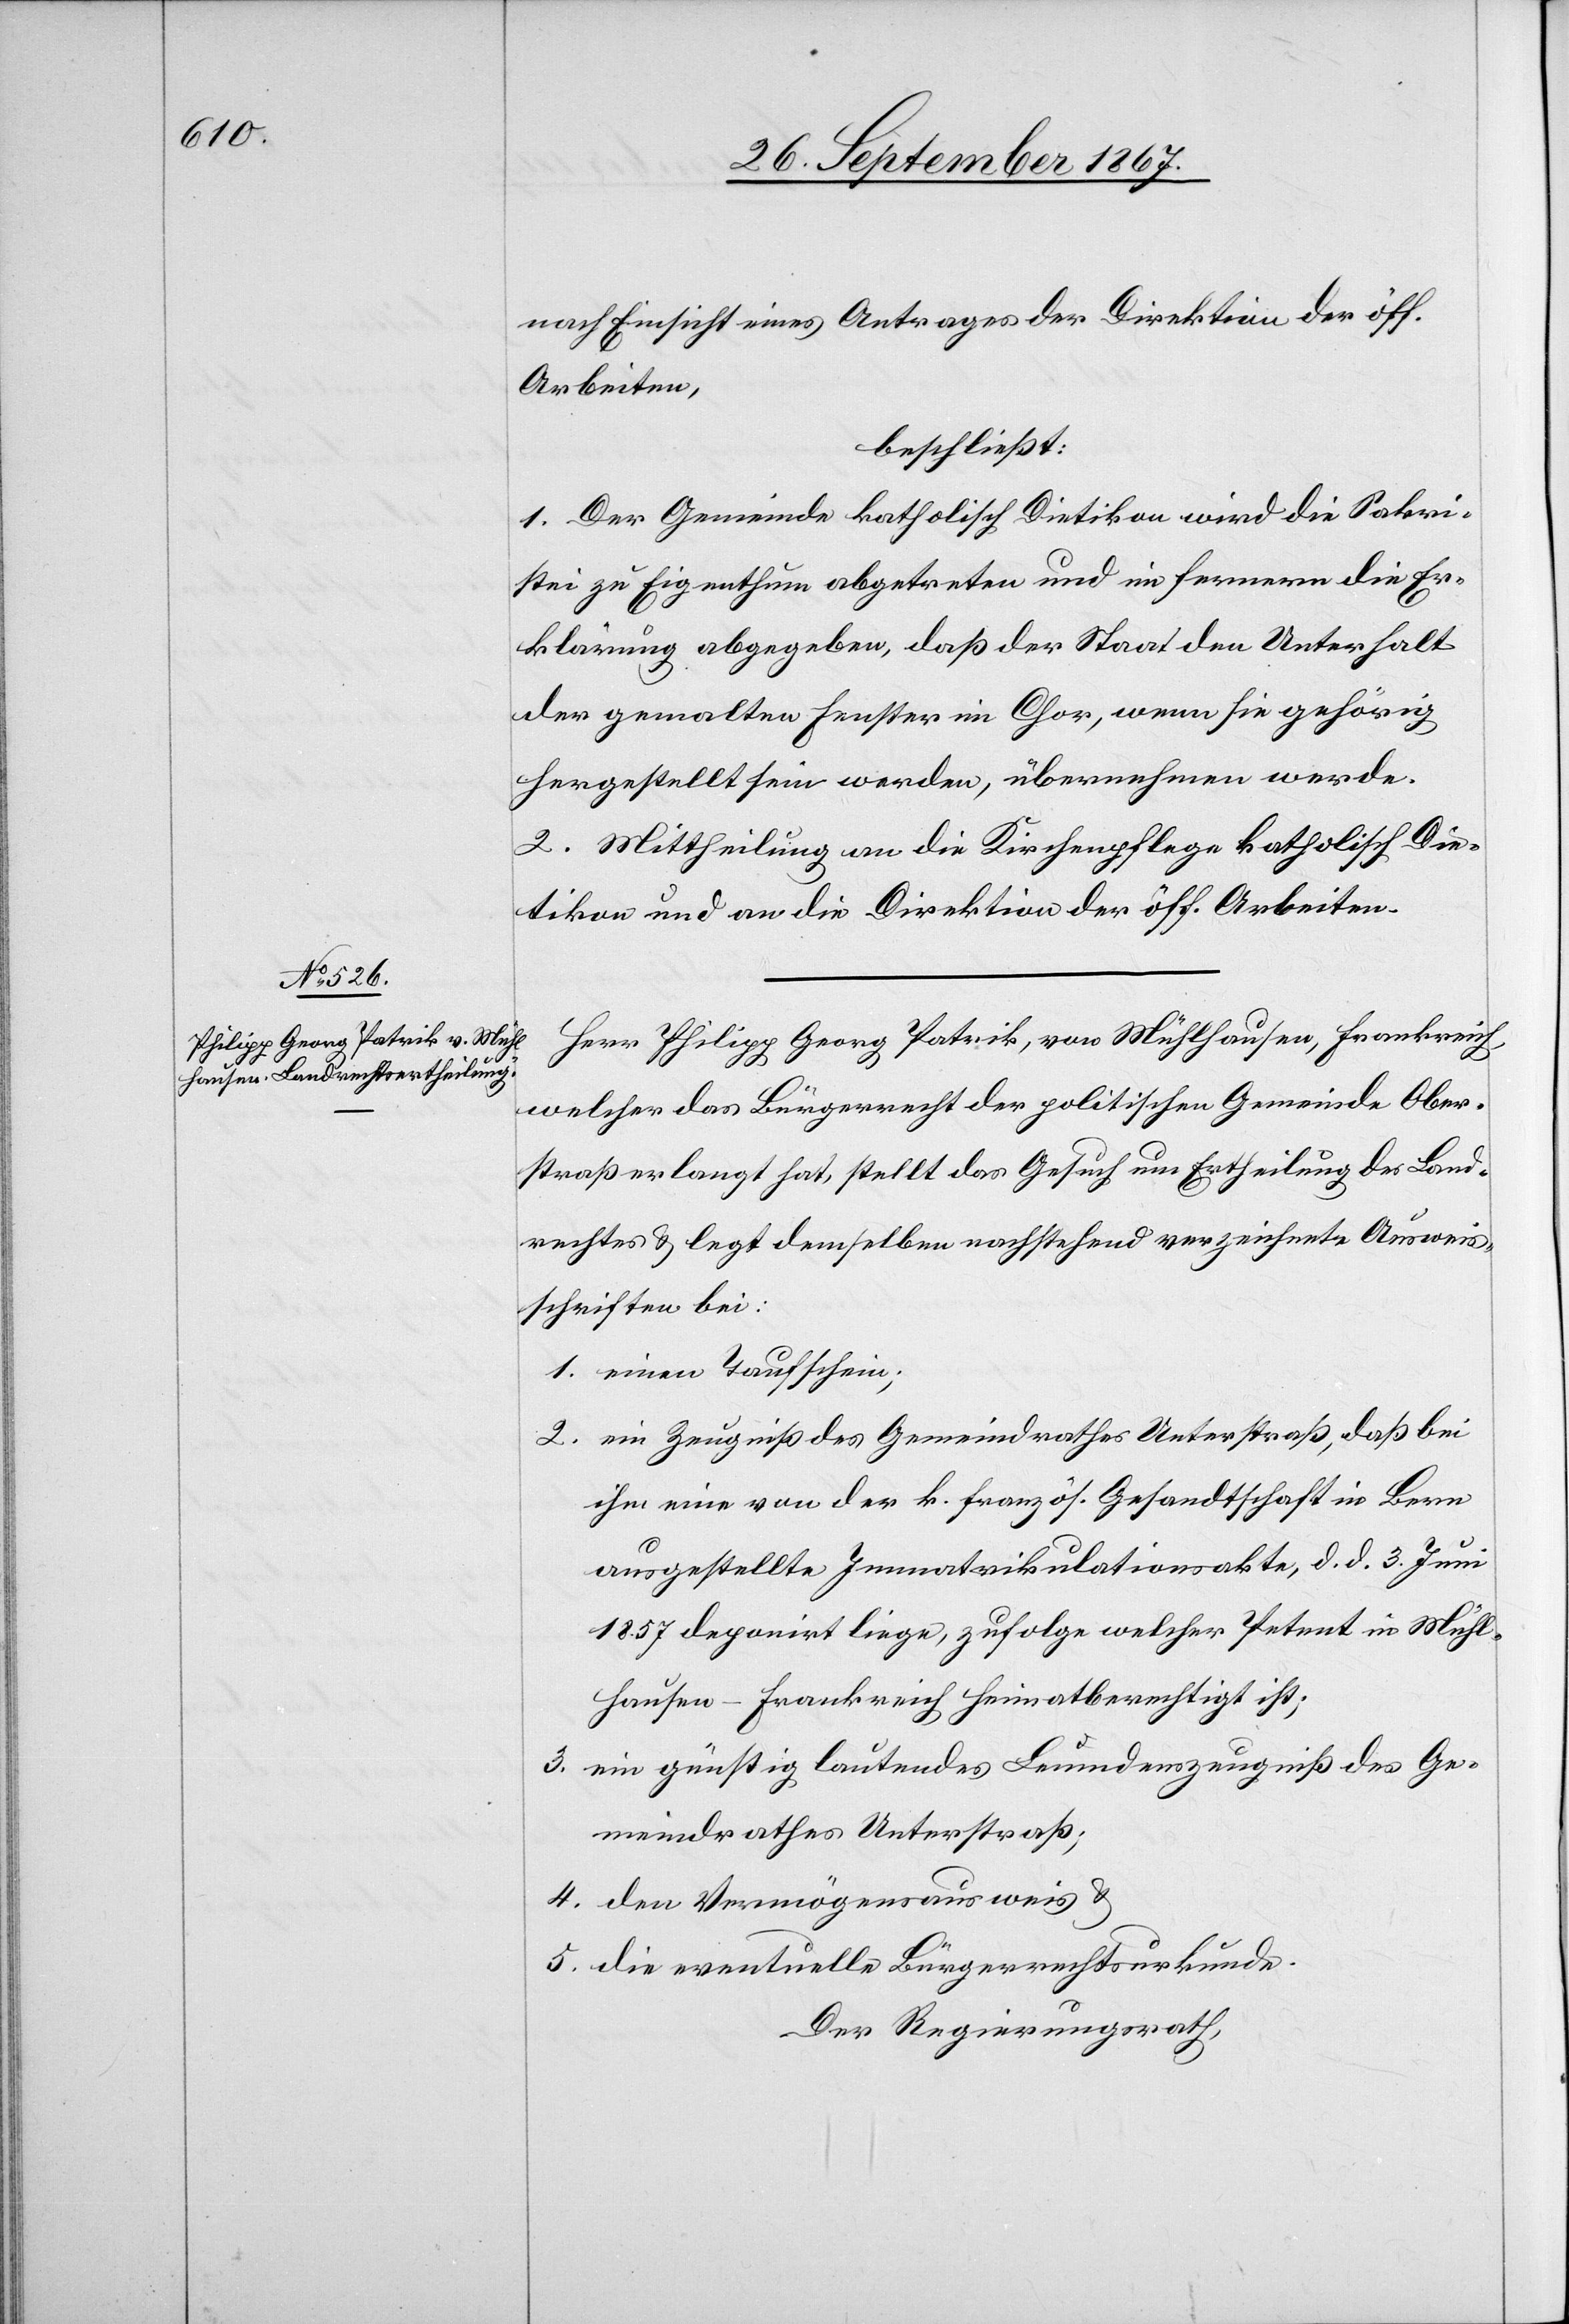
nach Einsicht eines Antrages der Direktion der öff.
Arbeiten,
beschließt:
1. Der Gemeinde katholisch Dietikon wird die Sakri¬
stei zu Eigenthum abgetreten und im Fernern die Er¬
klärung abgegeben, daß der Staat den Unterhalt
der gemalten Fenster im Chor, wenn sie gehörig
hergestellt werden, übernehmen werde.
2. Mittheilung an die Kirchenpflege katholisch Die¬
tikon und an die Direktion der öff. Arbeiten.
Herr Philipp Georg Patrik, von Mühlhausen, Frankreich,
welcher das Bürgerrecht der politischen Gemeinde Ober¬
straß erlangt hat, stellt das Gesuch um Ertheilung des Land¬
rechtes u. legt demselben nachstehend verzeichnete Ausweis¬
schriften bei:
1. einen Taufschein;
2. ein Zeugniß des Gemeindrathes Unterstraß, daß bei
ihm eine von der k. französ. Gesandtschaft in Bern
ausgestellte Immatrikulationsakte, d. d. 3. Juni
1857 deponirt liege, zufolge welcher Petent in Mühl¬
hausen-Frankreich heimatberechtigt ist;
3. ein günstig lautendes Leumdenszeugniß des Ge¬
meindrathes Unterstraß;
4. den Vermögensausweis u.
5. die eventuelle Bürgerrechtsurkunde.
Der Regierungsrath,